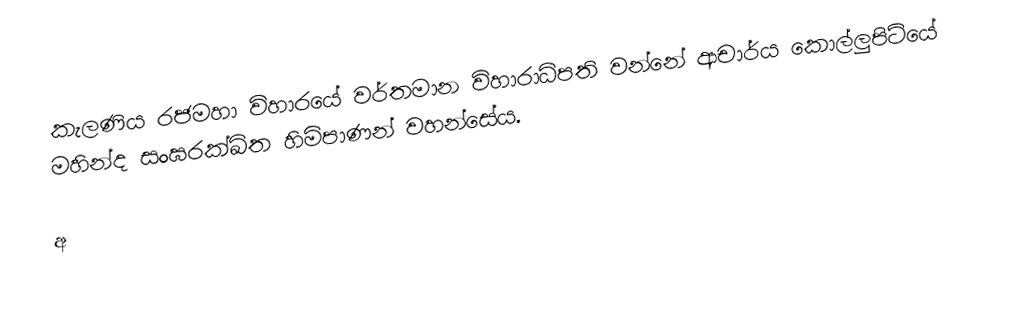
කැලණිය රජමහා විහාරයේ වර්තමාන විහාරාධිපති වන්නේ ආචාර්ය කොල්ලුපිටියේ මහින්ද සංඝරක්ඛිත හිමිපාණන් වහන්සේය.

අ